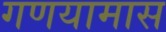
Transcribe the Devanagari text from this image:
गणयामास